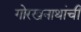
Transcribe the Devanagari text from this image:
गोरखनाथांची